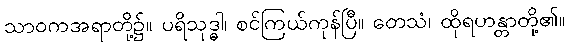
သာဝကအရာတို့၌။ ပရိသုဒ္ဓါ၊ စင်ကြယ်ကုန်ပြီ။ တေသံ၊ ထိုရဟန္တာတို့၏။